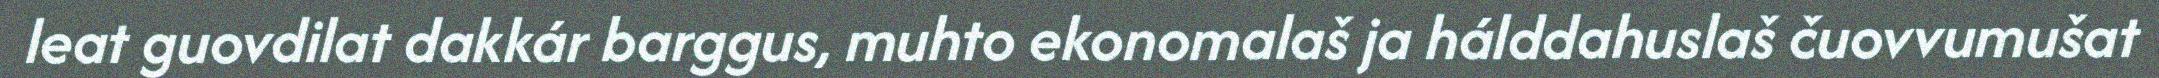
leat guovdilat dakkár barggus, muhto ekonomalaš ja hálddahuslaš čuovvumušat